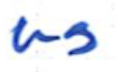
Text: as
Cross-out: clean
Writing tool: ballpoint